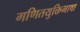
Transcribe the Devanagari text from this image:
गणितयुक्तिभाषा